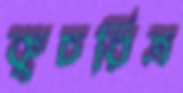
কুচরিত্র